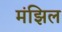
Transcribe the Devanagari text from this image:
मंझिल